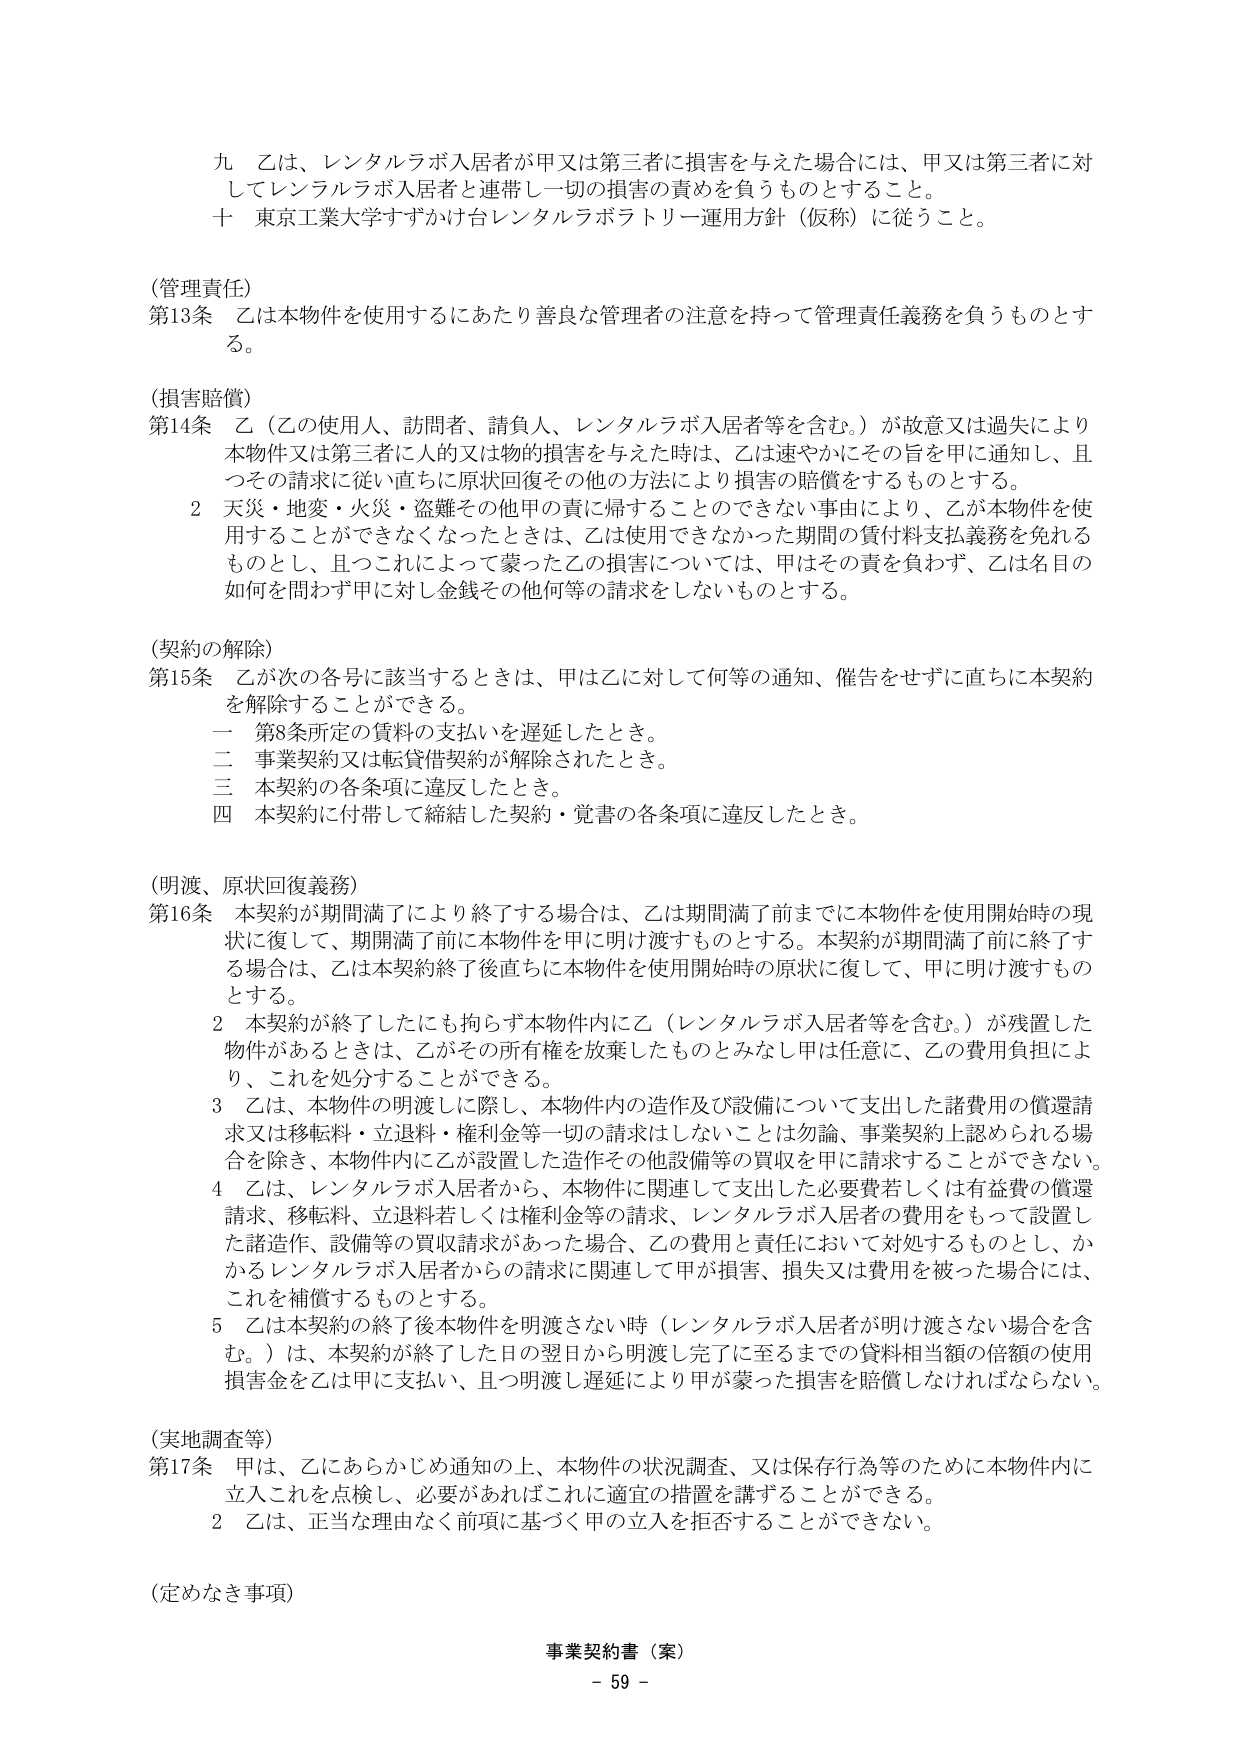
九 乙は、レンタルラボ入居者が甲又は第三者に損害を与えた場合には、甲又は第三者に対してレンタルラボ入居者と連帯し一切の損害の責めを負うものとすること。

十 東京工業大学すずかけ台レンタルラボラトリー運用方針（仮称）に従うこと。

（管理責任）
第13条 乙は本物件を使用するにあたり善良な管理者の注意を持って管理責任義務を負うものとする。

（損害賠償）
第14条 乙（乙の使用人、訪問者、請負人、レンタルラボ入居者等を含む。）が故意又は過失により本物件又は第三者に人的又は物的損害を与えた時は、乙は速やかにその旨を甲に通知し、且つその請求に従い直ちに原状回復その他の方法により損害の賠償をするものとする。
　　2 天災・地変・火災・盗難その他甲の責に帰することのできない事由により、乙が本物件を使用することができなくなったときは、乙は使用できなかった期間の賃料支払義務を免れるものとし、且つこれによって蒙った乙の損害については、甲はその責を負わず、乙は名目の如何を問わず甲に対し金銭その他何等の請求をしないものとする。

（契約の解除）
第15条 乙が次の各号に該当するときは、甲は乙に対して何等の通知、催告をせずに直ちに本契約を解除することができる。
　　一 第8条所定の賃料の支払いを遅延したとき。
　　二 事業契約又は転貸借契約が解除されたとき。
　　三 本契約の各条項に違反したとき。
　　四 本契約に付帯して締結した契約・覚書の各条項に違反したとき。

（明渡、原状回復義務）
第16条 本契約が期間満了により終了する場合は、乙は期間満了前までに本物件を使用開始時の現状に復して、期間満了前に本物件を甲に明け渡すものとする。本契約が期間満了前に終了する場合は、乙は本契約終了後直ちに本物件を使用開始時の原状に復して、甲に明け渡すものとする。
　　2 本契約が終了したにも拘らず本物件内に乙（レンタルラボ入居者等を含む。）が残置した物件があるときは、乙がその所有権を放棄したものとみなし甲は任意に、乙の費用負担により、これを処分することができる。
　　3 乙は、本物件の明渡しに際し、本物件内の造作及び設備について支出した諸費用の償還請求又は移転料・立退料・権利金等一切の請求はしないことは勿論、事業契約上認められる場合を除き、本物件内に乙が設置した造作その他設備等の買取を甲に請求することができない。
　　4 乙は、レンタルラボ入居者から、本物件に関連して支出した必要費若しくは有益費の償還請求、移転料、立退料若しくは権利金等の請求、レンタルラボ入居者の費用をもって設置した諸造作、設備等の買収請求があった場合、乙の費用と責任において対処するものとし、かかるレンタルラボ入居者からの請求に関連して甲が損害、損失又は費用を被った場合には、これを補償するものとする。
　　5 乙は本契約の終了後本物件を明渡さない時（レンタルラボ入居者が明け渡さない場合を含む。）は、本契約が終了した日の翌日から明渡し完了に至るまでの賃料相当額の倍額の使用損害金を乙は甲に支払い、且つ明渡し遅延により甲が蒙った損害を賠償しなければならない。

（実地調査等）
第17条 甲は、乙にあらかじめ通知の上、本物件の状況調査、又は保存行為等のために本物件内に立入これを点検し、必要があればこれに適宜の措置を講ずることができる。
　　2 乙は、正当な理由なく前項に基づく甲の立入を拒否することができない。

（定めなき事項）

事業契約書（案）
- 59 -